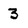
Character: 3